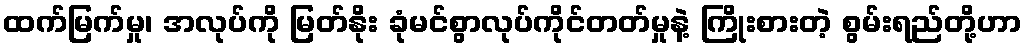
ထက်မြက်မှု၊ အလုပ်ကို မြတ်နိုး ခုံမင်စွာလုပ်ကိုင်တတ်မှုနဲ့ ကြိုးစားတဲ့ စွမ်းရည်တို့ဟာ